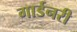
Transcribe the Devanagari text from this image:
गार्डनरी